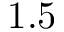
1 . 5